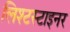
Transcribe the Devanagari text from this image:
लिश्टस्टाइनर